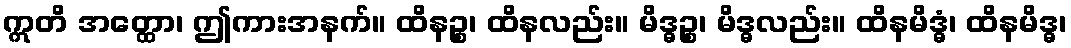
ဣတိ အတ္ထော၊ ဤကားအနက်။ ထိနဉ္စ၊ ထိနလည်း။ မိဒ္ဓဉ္စ၊ မိဒ္ဓလည်း။ ထိနမိဒ္ဓံ၊ ထိနမိဒ္ဓ၊